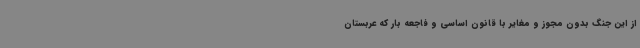
از این جنگ بدون مجوز و مغایر با قانون اساسی و فاجعه بار که عربستان